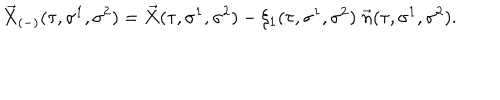
\vec { X } _ { ( - ) } ( \tau , \sigma ^ { 1 } , \sigma ^ { 2 } ) = \vec { X } ( \tau , \sigma ^ { 1 } , \sigma ^ { 2 } ) - \xi _ { 1 } ( \tau , \sigma ^ { 1 } , \sigma ^ { 2 } ) \; \vec { n } ( \tau , \sigma ^ { 1 } , \sigma ^ { 2 } ) .